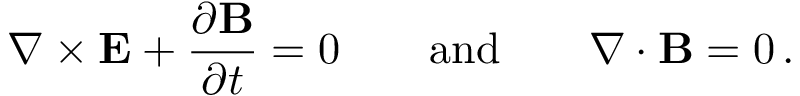
\nabla \times { \bf E } + \frac { \partial { \bf B } } { \partial t } = 0 \quad \quad \mathrm { a n d } \quad \quad \nabla \cdot { \bf B } = 0 \, .